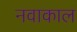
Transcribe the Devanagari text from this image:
नवाकाल